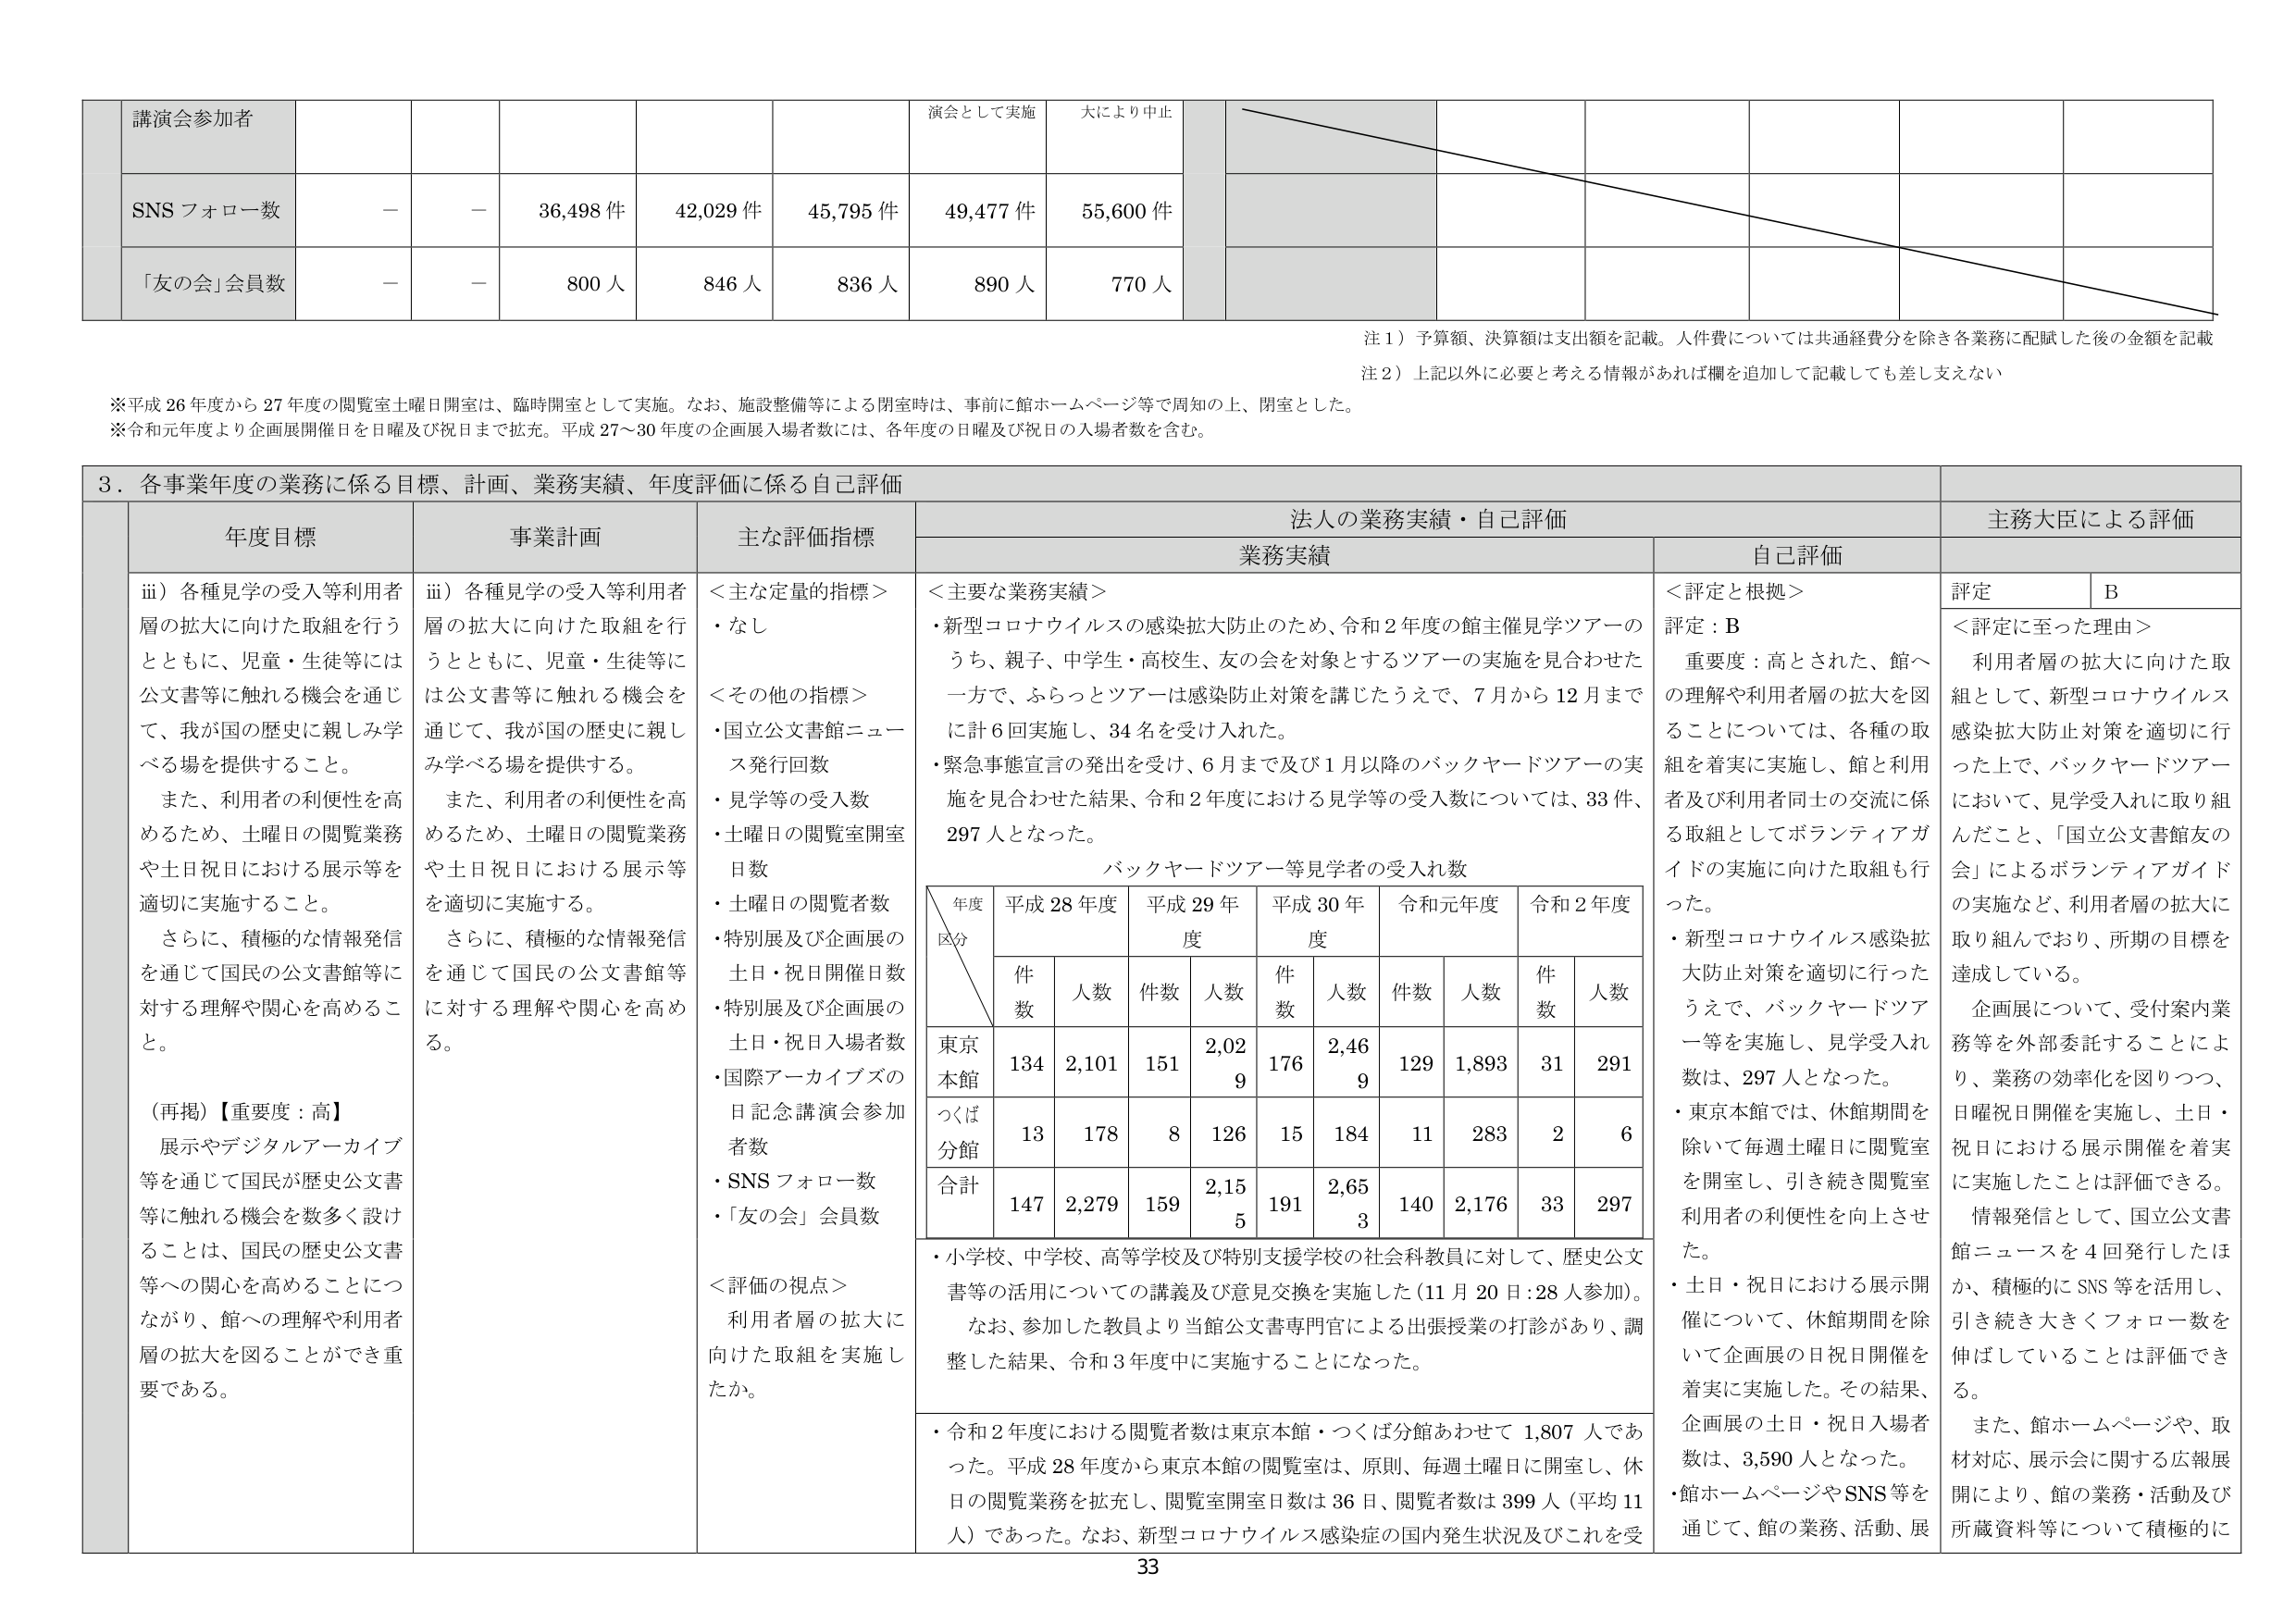
講演会参加者
SNS フォロー数
－
－
36,498 件
42,029 件
45,795 件
49,477 件
55,600 件
「友の会」会員数
－
－
800 人
846 人
836 人
890 人
770 人
演会として実施
大により中止
注 1）予算額、決算額は支出額を記載。人件費については共通経費分を除き各業務に配賦した後の金額を記載
注 2）上記以外に必要と考える情報があれば欄を追加して記載しても差し支えない
※平成 26 年度から 27 年度の閲覧室土曜日開室は、臨時開室として実施。なお、施設整備等による閉室時は、事前に館ホームページ等で周知の上、閉室とした。
※令和元年度より企画展開催日を日曜及び祝日まで拡充。平成 27～30 年度の企画展入場者数には、各年度の日曜及び祝日の入場者数を含む。
３．各事業年度の業務に係る目標、計画、業務実績、年度評価に係る自己評価
年度目標
事業計画
主な評価指標
法人の業務実績・自己評価
主務大臣による評価
業務実績
自己評価
iii）各種見学の受入等利用者層の拡大に向けた取組を行うとともに、児童・生徒等には公文書等に触れる機会を通じて、我が国の歴史に親しみ学べる場を提供すること。
また、利用者の利便性を高めるため、土曜日の閲覧業務や土日祝日における展示等を適切に実施すること。
さらに、積極的な情報発信を通じて国民の公文書館等に対する理解や関心を高めること。
（再掲）【重要度：高】
展示やデジタルアーカイブ等を通じて国民が歴史公文書等に触れる機会を数多く設けることは、国民の歴史公文書等への関心を高めることにつながり、館への理解や利用者層の拡大を図ることができ重要である。
iii）各種見学の受入等利用者層の拡大に向けた取組を行うとともに、児童・生徒等には公文書等に触れる機会を通じて、我が国の歴史に親しみ学べる場を提供する。
また、利用者の利便性を高めるため、土曜日の閲覧業務や土日祝日における展示等を適切に実施する。
さらに、積極的な情報発信を通じて国民の公文書館等に対する理解や関心を高める。
＜主な定量的指標＞
・なし
＜その他の指標＞
・国立公文書館ニュース発行回数
・見学等の受入人数
・土曜日の閲覧室開室日数
・土曜日の閲覧者数
・特別展及び企画展の土日・祝日開催日数
・特別展及び企画展の土日・祝日入場者数
・国際アーカイブズの日記念講演会参加者数
・SNS フォロー数
・「友の会」会員数
＜評価の視点＞
利用者層の拡大に向けた取組を実施したか。
＜主要な業務実績＞
・新型コロナウイルスの感染拡大防止のため、令和 2 年度の館主催見学ツアーのうち、親子、中学生・高校生、友の会を対象とするツアーの実施を見合わせた一方で、ふらっとツアーは感染防止対策を講じたうえで、7 月から 12 月までに計 6 回実施し、34 名を受け入れた。
・緊急事態宣言の発出を受け、6 月まで及び 1 月以降のバックヤードツアーの実施を見合わせた結果、令和 2 年度における見学等の受入数については、33 件、297 人となった。
バックヤードツアー等見学者の受入れ数
年度
区分
平成 28 年度
平成 29 年度
平成 30 年度
令和元年度
令和 2 年度
件数
人数
件数
人数
件数
人数
件数
人数
件数
人数
東京本館
134
2,101
151
2,029
176
2,469
129
1,893
31
291
つくば分館
13
178
8
126
15
184
11
283
2
6
合計
147
2,279
159
2,155
191
2,653
140
2,176
33
297
・小学校、中学校、高等学校及び特別支援学校の社会科教員に対して、歴史公文書等の活用についての講義及び意見交換を実施した（11 月 20 日：28 人参加）。
なお、参加した教員より当館公文書専門官による出張授業の打診があり、調整した結果、令和 3 年度中に実施することになった。
・令和 2 年度における閲覧者数は東京本館・つくば分館あわせて 1,807 人であった。平成 28 年度から東京本館の閲覧室は、原則、毎週土曜日に開室し、休日の閲覧業務を拡充し、閲覧室開室日数は 36 日、閲覧者数は 399 人（平均 11 人）であった。なお、新型コロナウイルス感染症の国内発生状況及びこれを受
＜評定と根拠＞
評定：B
重要度：高とされた、館への理解や利用者層の拡大を図ることについては、各種の取組を着実に実施し、館と利用者及び利用者同士の交流に係る取組としてボランティアガイドの実施に向けた取組も行った。
・新型コロナウイルス感染拡大防止対策を適切に行ったうえで、バックヤードツアー等を実施し、見学受入れ数は、297 人となった。
・東京本館では、休館期間を除いて毎週土曜日に閲覧室を開室し、引き続き閲覧室利用者の利便性を向上させた。
・土日・祝日における展示開催について、休館期間を除いて企画展の日祝日開催を着実に実施した。その結果、企画展の土日・祝日入場者数は、3,590 人となった。
・館ホームページやSNS等を通じて、館の業務、活動、展
評定
B
＜評定に至った理由＞
利用者層の拡大に向けた取組として、新型コロナウイルス感染拡大防止対策を適切に行った上で、バックヤードツアーにおいて、見学受入れに取り組んだこと、「国立公文書館友の会」によるボランティアガイドの実施など、利用者層の拡大に取り組んでおり、所期の目標を達成している。
企画展について、受付案内業務等を外部委託することにより、業務の効率化を図りつつ、日曜祝日開催を実施し、土日・祝日における展示開催を着実に実施したことは評価できる。
情報発信として、国立公文書館ニュースを 4 回発行したほか、積極的に SNS 等を活用し、引き続き大きくフォロー数を伸ばしていることは評価できる。
また、館ホームページや、取材対応、展示会に関する広報展開により、館の業務・活動及び所蔵資料等について積極的に
33